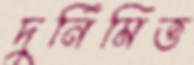
দুর্নিমিত্ত